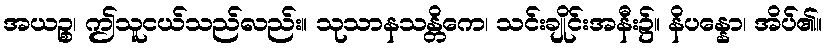
အယဉ္စ၊ ဤသူငယ်သည်လည်း။ သုသာနသန္တိကေ၊ သင်းချိုင်းအနီး၌။ နိပန္နော၊ အိပ်၏။